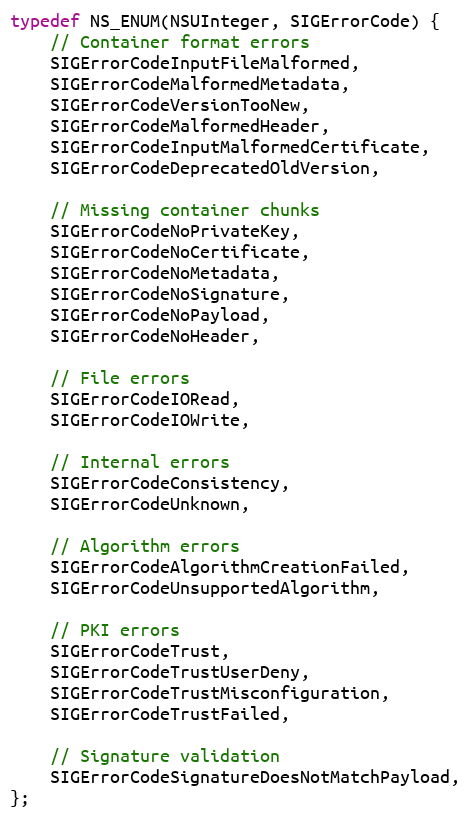
Language: C
typedef NS_ENUM(NSUInteger, SIGErrorCode) {
    // Container format errors
    SIGErrorCodeInputFileMalformed,
    SIGErrorCodeMalformedMetadata,
    SIGErrorCodeVersionTooNew,
    SIGErrorCodeMalformedHeader,
    SIGErrorCodeInputMalformedCertificate,
    SIGErrorCodeDeprecatedOldVersion,

    // Missing container chunks
    SIGErrorCodeNoPrivateKey,
    SIGErrorCodeNoCertificate,
    SIGErrorCodeNoMetadata,
    SIGErrorCodeNoSignature,
    SIGErrorCodeNoPayload,
    SIGErrorCodeNoHeader,

    // File errors
    SIGErrorCodeIORead,
    SIGErrorCodeIOWrite,

    // Internal errors
    SIGErrorCodeConsistency,
    SIGErrorCodeUnknown,

    // Algorithm errors
    SIGErrorCodeAlgorithmCreationFailed,
    SIGErrorCodeUnsupportedAlgorithm,

    // PKI errors
    SIGErrorCodeTrust,
    SIGErrorCodeTrustUserDeny,
    SIGErrorCodeTrustMisconfiguration,
    SIGErrorCodeTrustFailed,

    // Signature validation
    SIGErrorCodeSignatureDoesNotMatchPayload,
};